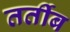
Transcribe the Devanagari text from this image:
तर्तीब